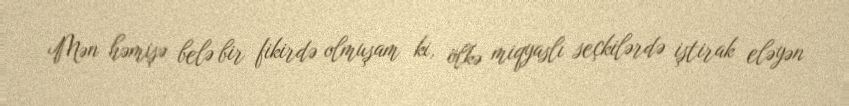
Mən həmişə belə bir fikirdə olmuşam ki, ölkə miqyaslı seçkilərdə iştirak eləyən